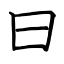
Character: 曰